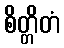
စိတ္တိတံ